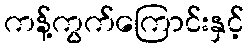
ကန့်ကွက်ကြောင်းနှင့်